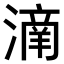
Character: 𣾌